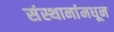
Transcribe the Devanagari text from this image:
संस्थानांमधून